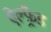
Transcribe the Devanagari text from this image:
ऐल्फ़्रैड